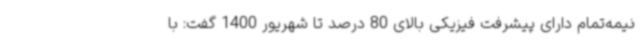
نیمه‌تمام دارای پیشرفت فیزیکی بالای 80 درصد تا شهریور 1400 گفت: با